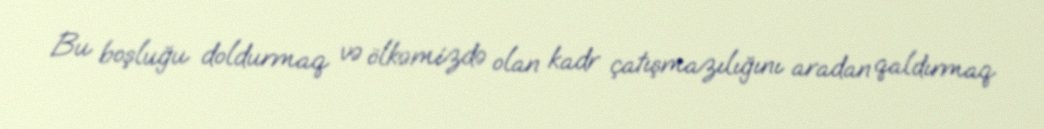
Bu boşluğu doldurmaq və ölkəmizdə olan kadr çatışmazılığını aradan qaldırmaq